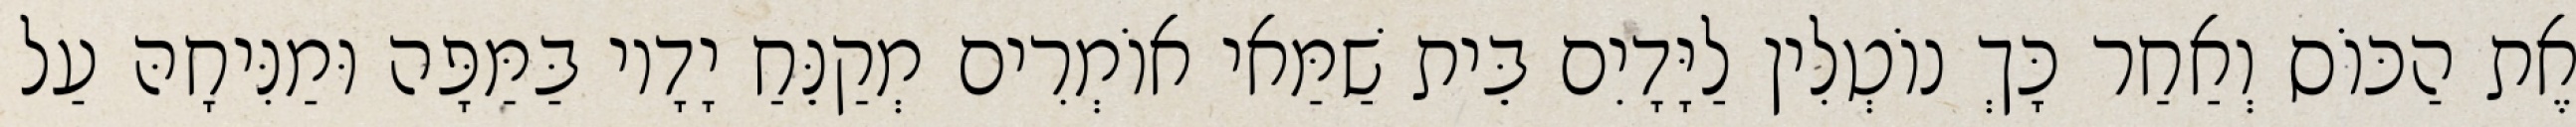
אֶת הַכּוֹס וְאַחַר כָּךְ נוֹטְלִין לַיָּדָיִם בֵּית שַׁמַּאי אוֹמְרִים מְקַנֵּחַ יָדָיו בַּמַּפָּה וּמַנִּיחָהּ עַל